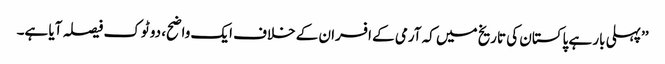
’’پہلی بار ہے پاکستان کی تاریخ میں کہ آرمی کے افسران کے خلاف ایک واضح، دو ٹوک فیصلہ آیا ہے۔